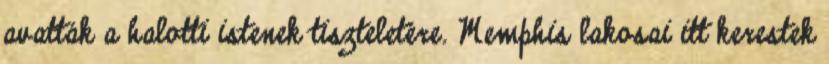
avatták a halotti istenek tiszteletére. Memphis lakosai itt kerestek